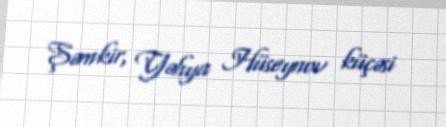
Şəmkir, Yəhya Hüseynov küçəsi